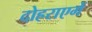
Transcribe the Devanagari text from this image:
दोहराएगें